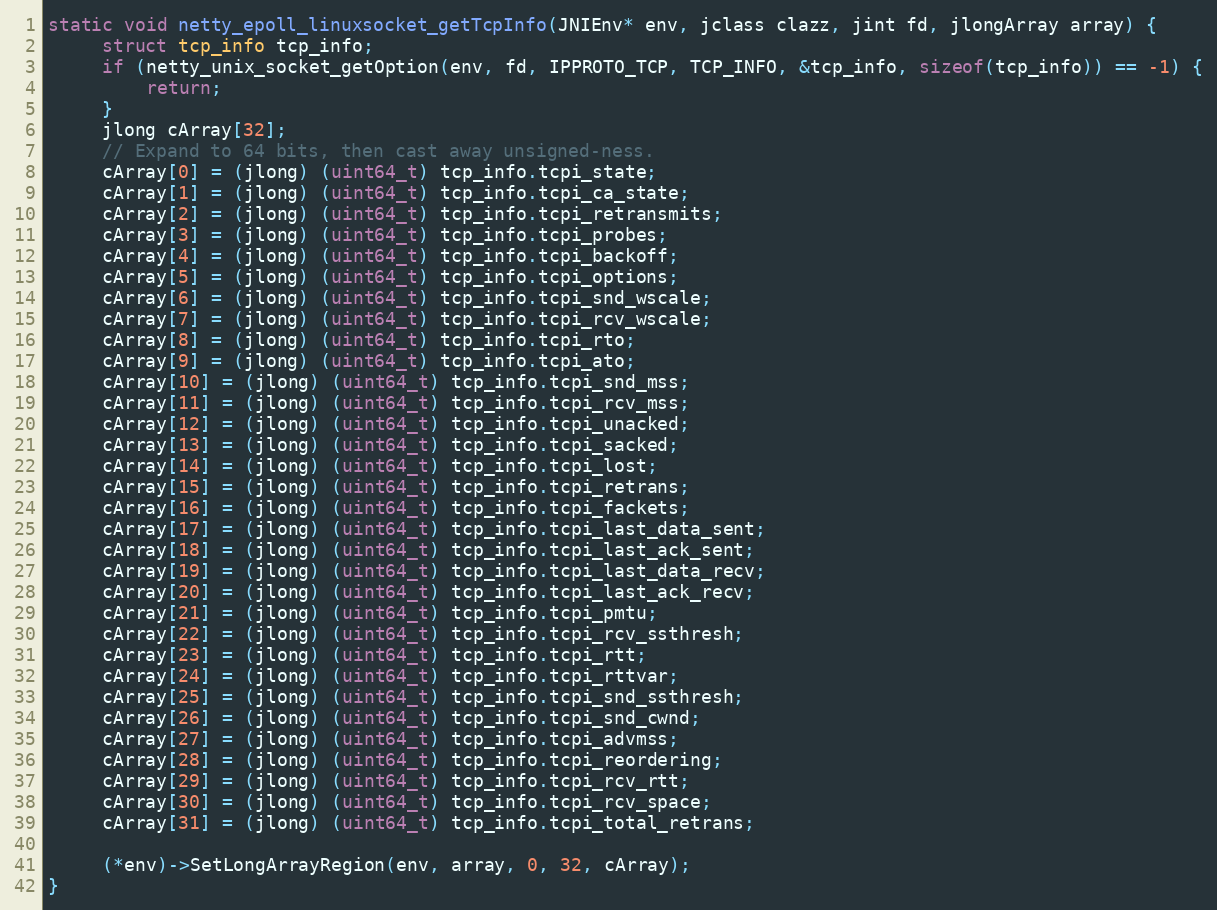
Language: C
static void netty_epoll_linuxsocket_getTcpInfo(JNIEnv* env, jclass clazz, jint fd, jlongArray array) {
     struct tcp_info tcp_info;
     if (netty_unix_socket_getOption(env, fd, IPPROTO_TCP, TCP_INFO, &tcp_info, sizeof(tcp_info)) == -1) {
         return;
     }
     jlong cArray[32];
     // Expand to 64 bits, then cast away unsigned-ness.
     cArray[0] = (jlong) (uint64_t) tcp_info.tcpi_state;
     cArray[1] = (jlong) (uint64_t) tcp_info.tcpi_ca_state;
     cArray[2] = (jlong) (uint64_t) tcp_info.tcpi_retransmits;
     cArray[3] = (jlong) (uint64_t) tcp_info.tcpi_probes;
     cArray[4] = (jlong) (uint64_t) tcp_info.tcpi_backoff;
     cArray[5] = (jlong) (uint64_t) tcp_info.tcpi_options;
     cArray[6] = (jlong) (uint64_t) tcp_info.tcpi_snd_wscale;
     cArray[7] = (jlong) (uint64_t) tcp_info.tcpi_rcv_wscale;
     cArray[8] = (jlong) (uint64_t) tcp_info.tcpi_rto;
     cArray[9] = (jlong) (uint64_t) tcp_info.tcpi_ato;
     cArray[10] = (jlong) (uint64_t) tcp_info.tcpi_snd_mss;
     cArray[11] = (jlong) (uint64_t) tcp_info.tcpi_rcv_mss;
     cArray[12] = (jlong) (uint64_t) tcp_info.tcpi_unacked;
     cArray[13] = (jlong) (uint64_t) tcp_info.tcpi_sacked;
     cArray[14] = (jlong) (uint64_t) tcp_info.tcpi_lost;
     cArray[15] = (jlong) (uint64_t) tcp_info.tcpi_retrans;
     cArray[16] = (jlong) (uint64_t) tcp_info.tcpi_fackets;
     cArray[17] = (jlong) (uint64_t) tcp_info.tcpi_last_data_sent;
     cArray[18] = (jlong) (uint64_t) tcp_info.tcpi_last_ack_sent;
     cArray[19] = (jlong) (uint64_t) tcp_info.tcpi_last_data_recv;
     cArray[20] = (jlong) (uint64_t) tcp_info.tcpi_last_ack_recv;
     cArray[21] = (jlong) (uint64_t) tcp_info.tcpi_pmtu;
     cArray[22] = (jlong) (uint64_t) tcp_info.tcpi_rcv_ssthresh;
     cArray[23] = (jlong) (uint64_t) tcp_info.tcpi_rtt;
     cArray[24] = (jlong) (uint64_t) tcp_info.tcpi_rttvar;
     cArray[25] = (jlong) (uint64_t) tcp_info.tcpi_snd_ssthresh;
     cArray[26] = (jlong) (uint64_t) tcp_info.tcpi_snd_cwnd;
     cArray[27] = (jlong) (uint64_t) tcp_info.tcpi_advmss;
     cArray[28] = (jlong) (uint64_t) tcp_info.tcpi_reordering;
     cArray[29] = (jlong) (uint64_t) tcp_info.tcpi_rcv_rtt;
     cArray[30] = (jlong) (uint64_t) tcp_info.tcpi_rcv_space;
     cArray[31] = (jlong) (uint64_t) tcp_info.tcpi_total_retrans;

     (*env)->SetLongArrayRegion(env, array, 0, 32, cArray);
}